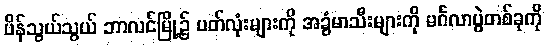
ပိန်သွယ်သွယ် ဘာလင်မြို့၌ ပတ်လုံးများကို အခွံမာသီးများကို မင်္ဂလာပွဲတစ်ခုကို